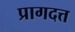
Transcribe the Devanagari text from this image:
प्रागदत्त